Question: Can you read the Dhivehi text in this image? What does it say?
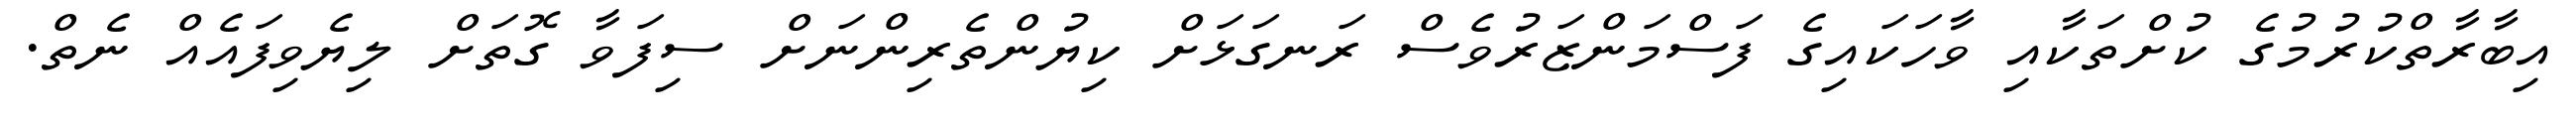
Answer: އިބާރާތްކުރުމުގެ ކުށްތަކާއި ވާހަކައިގެ ފަސްމަންޒަރުވެސް ރަނގަޅަށް ކިޔުންތެރިންނަށް ސިފަވާ ގޮތަށް ލިޔެވިފައެއް ނެތް.